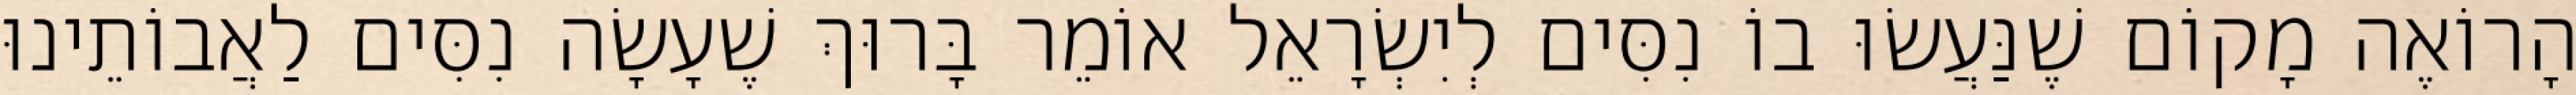
הָרוֹאֶה מָקוֹם שֶׁנַּעֲשׂוּ בוֹ נִסִּים לְיִשְׂרָאֵל אוֹמֵר בָּרוּךְ שֶׁעָשָׂה נִסִּים לַאֲבוֹתֵינוּ